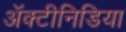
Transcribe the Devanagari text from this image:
अॅक्टीनिडिया